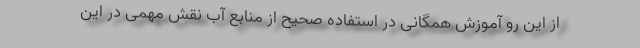
از این رو آموزش همگانی در استفاده صحیح از منابع آب نقش مهمی در این